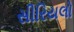
સીરિયલો